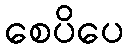
စေပိပေ